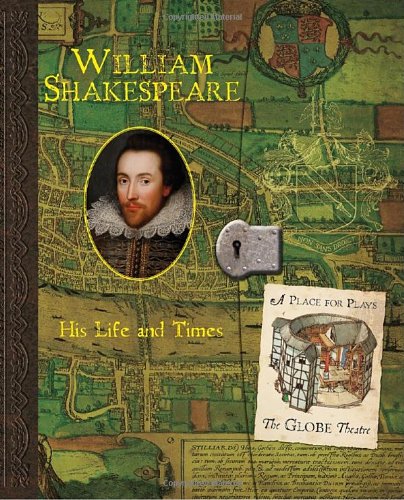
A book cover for William Shakespeare: His Life and Times (Historical Notebooks); Kristen McDermott; Children's Books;